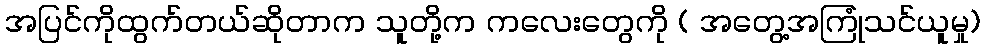
အပြင်ကိုထွက်တယ်ဆိုတာက သူတို့က ကလေးတွေကို ( အတွေ့အကြုံသင်ယူမှု)